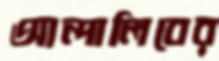
আন্দালিবের